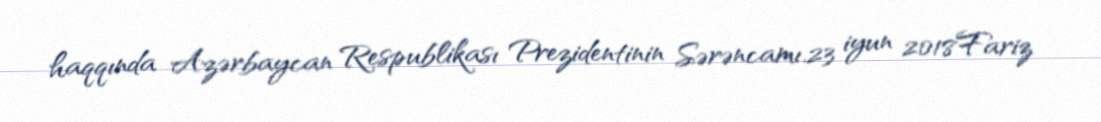
haqqında Azərbaycan Respublikası Prezidentinin Sərəncamı.23 iyun 2018Fariz